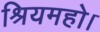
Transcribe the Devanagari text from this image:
श्रियमहो।